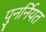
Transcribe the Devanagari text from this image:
पुनर्नियत